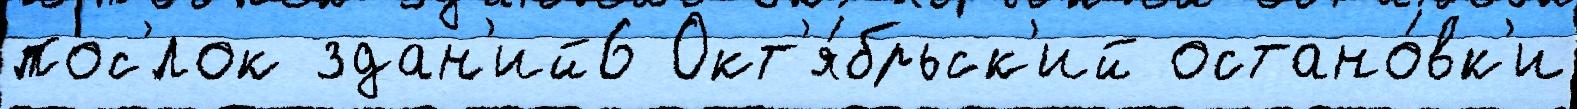
пос'́лок здан'ий6 Окт'я́брьск'ий остано́вк'и